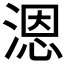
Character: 𰜩